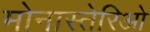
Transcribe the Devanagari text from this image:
मोनास्तेरिओ